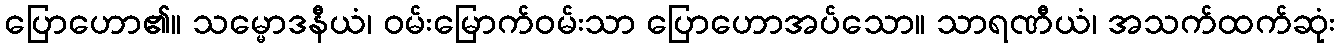
ပြောဟော၏။ သမ္မောဒနီယံ၊ ဝမ်းမြောက်ဝမ်းသာ ပြောဟောအပ်သော။ သာရဏီယံ၊ အသက်ထက်ဆုံး